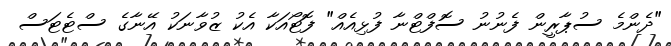
"ދެންމެ ސުޕާރީން ފެނުނު ސޮފްޓްނާ ފުޅިއެއް" ފޮޓޯއަކާ އެކު ޒުވާނަކު އޭނާގެ ސްޓެޓަސް